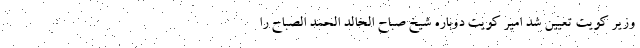
وزیر کویت تعیین شد امیر کویت دوباره شیخ صباح الخالد الحمد الصباح را